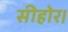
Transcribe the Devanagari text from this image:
सीहोर।